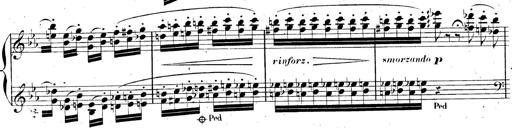
Title: AnnÃ©es de pÃ¨lerinage II, SupplÃ©ment
Composer: Franz Liszt